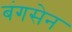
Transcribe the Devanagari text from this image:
बंगसेन